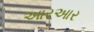
આરઆર